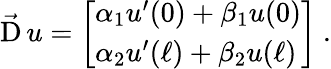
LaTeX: {\vec{\operatorname{D}}}\, u=\left[{\begin{array}{l}{\alpha_{1}u^{\prime}(0)+\beta_{1}u(0)}\\ {\alpha_{2}u^{\prime}(\ell)+\beta_{2}u(\ell)}\end{array}}\right]~.